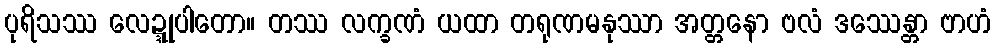
ပုရိသဿ လေဍ္ဍုပါတော။ တဿ လက္ခဏံ ယထာ တရုဏမနုဿာ အတ္တနော ဗလံ ဒဿေန္တာ ဗာဟံ